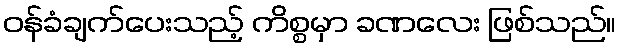
ဝန်ခံချက်ပေးသည့် ကိစ္စမှာ ခဏလေး ဖြစ်သည်။